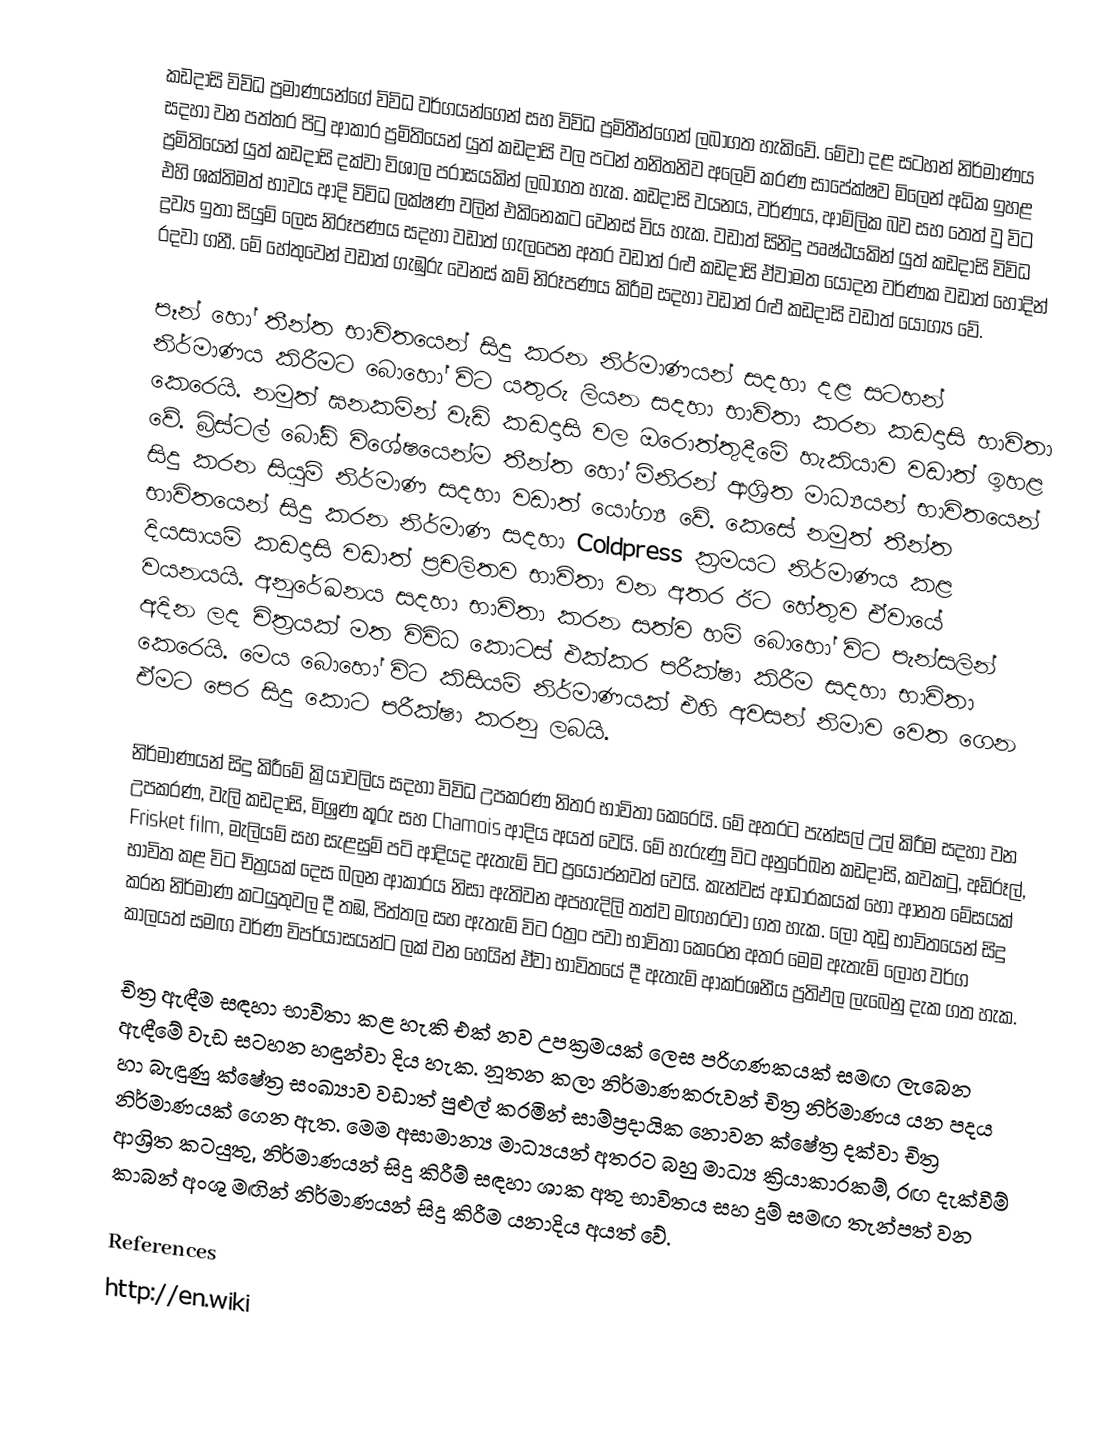
කඩදාසි විවිධ ප්‍රමාණයන්ගේ විවිධ වර්ගයන්ගෙන් සහ විවිධ ප්‍රමිතීන්ගෙන් ලබාගත හැකිවේ. මේවා දළ සටහන් නිර්මාණය සදහා වන පත්තර පිටු ආකාර ප්‍රමිතියෙන් යුත් කඩදාසි වල පටන් තනිතනිව අලෙවි කරණ සාපේක්ෂව මිලෙන් අධික ඉහළ ප්‍රමිතියෙන් යුත් කඩද‍ාසි දක්වා විශාල පරාසයකින් ලබාගත හැක. කඩදාසි වයනය, වර්ණය, ආම්ලික බව සහ තෙත් වු විට එහි ශක්තිමත් භාවය ආදි විවිධ ලක්ෂණ වලින් එකිනෙකට වෙනස් විය හැක. වඩාත් සිනිදු පෘෂ්ඨයකින් යුත් කඩදාසි විවිධ ද්‍රව්‍ය ඉතා සියුම් ලෙස නිරූපණය සදහා වඩාත් ගැලපෙන අතර වඩාත් රළු කඩදාසි ඒවාමත යොදන වර්ණක වඩාත් හොදින් රදවා ගනී. මේ හේතුවෙන් වඩාත් ගැඹුරු වෙනස් කම් නිරූපණය කිරීම සදහා වඩාත් රළු කඩදාසි වඩාත් යෝග්‍ය වේ.

පෑන් හෝ තීන්ත භාවිතයෙන් සිදු කරන නිර්මාණයන් සදහා දළ සටහන් නිර්මාණය කිරීමට බොහෝ විට යතුරු ලියන සදහා භාවිතා කරන කඩදාසි භාවිතා කෙරෙයි. නමුත් ඝනකමින් වැඩි කඩදාසි වල ඔරොත්තුදීමේ හැකියාව වඩාත් ඉහළ වේ. බ්‍රිස්ටල් බෝඩ් විශේෂයෙන්ම තීන්ත හෝ මිනිරන් ආශ්‍රිත මාධ්‍යයන් භාවිතයෙන් සිදු කරන සියුම් නිර්මාණ සදහා වඩාත් යෝග්‍ය වේ. කෙසේ නමුත් තීන්ත භාවිතයෙන් සිදු කරන නිර්මාණ සදහා Coldpress ක්‍රමයට නිර්මාණය කළ දියසායම් කඩදාසි වඩාත් ප්‍රචලිතව භාවිතා වන අතර ඊට හේතුව ඒවායේ වයනයයි. අනුරේඛනය සදහා භාවිතා කරන සත්ව හම් බොහෝ විට පැන්සලින් අදින ලද චිත්‍රයක් මත විවිධ කොටස් එක්කර පරීක්ෂා කිරීම සදහා භාවිතා කෙරෙයි. මෙය බොහෝ විට කිසියම් නිර්මාණයක් එහි අවසන් නිමාව වෙත ගෙන ඒමට පෙර සිදු කොට පරීක්ෂා කරනු ලබයි.

නිර්මාණයන් සිදු කිරීමේ ක්‍රියාවලිය සදහා විවිධ උපකරණ නිතර භාවිතා කෙරෙයි. මේ අතරට පැන්සල් උල් කිරීම සදහා වන උපකරණ, වැලි කඩදාසි, මිශ්‍රණ කූරු සහ Chamois ආදිය අයත් වෙයි. මේ හැරුණු විට අනුරේඛන කඩදාසි, කවකටු, අඩිරූල්, Frisket film, මැලියම් සහ සැළසුම් පටි ආදියද ඇතැම් විට ප්‍රයෝජනවත් වෙයි. කැන්වස් ආධාරකයක් හෝ ආනත මේසයක් භාවිත කළ විට චිත්‍රයක් දෙස බලන ආකාරය නිසා ඇතිවන අපහැදිලි තත්ව මඟහරවා ගත හැක. ලෝ තුඩු භාවිතයෙන් සිදු කරන නිර්මාණ කටයුතුවල දී තඹ, පිත්තල සහ ඇතැම් විට රත්‍රං පවා භාවිතා කෙරෙන අතර මෙම ඇතැම් ලෝහ වර්ග කාලයත් සමඟ වර්ණ විපර්යාසයන්ට ලක් වන හෙයින් ඒවා ‍භාවිතයේ දී ඇතැම් ආකර්ශනීය ප්‍රතිඵල ලැබෙනු දැක ගත හැක.

චිත්‍ර ඇඳීම සඳහා භාවිතා කළ හැකි එක් නව උපක්‍රමයක් ලෙස පරිගණකයක් සමඟ ලැබෙන ඇඳීමේ වැඩ සටහන හඳුන්වා දිය හැක. නූතන කලා නිර්මාණකරුවන් චිත්‍ර නිර්මාණය යන පදය හා බැඳුණු ක්ෂේත්‍ර සංඛ්‍යාව වඩාත් පුළුල් කරමින් සාම්ප්‍රදායික නොවන ක්ෂේත්‍ර දක්වා චිත්‍ර නිර්මාණයක් ගෙන ඇත. මෙම අසාමාන්‍ය මාධ්‍යයන් අතරට බහු මාධ්‍ය ක්‍රියාකාරකම්, රඟ දැක්වීම් ආශ්‍රිත කටයුතු, නිර්මාණයන් සිදු කිරීම් සඳහා ශාක අතු භාවිතය සහ දුම් සමඟ තැන්පත් වන කාබන් අංශු මඟින් නිර්මාණයන් සිදු කිරීම යනාදිය අයත් වේ.

References
http://en.wiki